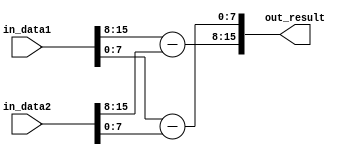
module fixed_point_subtractor (
  input [N-1:0] in_data1,
  input [N-1:0] in_data2,
  output reg [N-1:0] out_result
);

parameter N = 16; // Total number of bits for fixed-point numbers
parameter I = 8; // Number of integer bits
parameter F = 8; // Number of fractional bits

reg [N-1:0] temp_result;

// Separate integer and fractional parts
reg [I-1:0] int_part1, frac_part1;
reg [I-1:0] int_part2, frac_part2;

always @(*) begin
  int_part1 = in_data1[N-1:N-F];
  frac_part1 = in_data1[N-F-1:0];
  
  int_part2 = in_data2[N-1:N-F];
  frac_part2 = in_data2[N-F-1:0];
end

// Perform subtraction on integer and fractional parts
always @(*) begin
  temp_result[N-1:N-F] = int_part1 - int_part2;
  temp_result[N-F-1:0] = frac_part1 - frac_part2;
end

assign out_result = temp_result;

endmodule